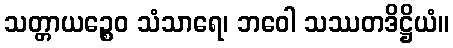
သတ္တာယဉ္စေဝ သံသာရေ၊ ဘဝေါ သဿတဒိဋ္ဌိယံ။